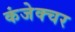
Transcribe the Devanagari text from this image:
कंजेक्चर